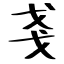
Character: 戔